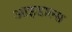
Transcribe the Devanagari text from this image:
आइडाल्स